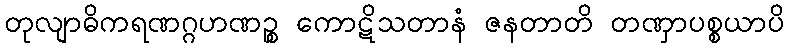
တုလျာဓိကရဏဂ္ဂဟဏဉ္စ ကောဋိသတာနံ ဇနတာတိ တဏှာပစ္စယာပိ